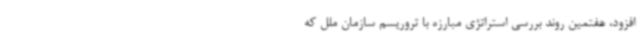
افزود، هفتمین روند بررسی استراتژی مبارزه با تروریسم سازمان ملل که